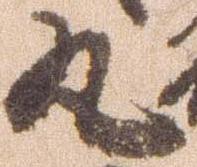
丸